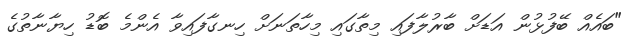
"ބައެއް ބޭފުޅުން އަޑަށް ބާރުލާފައި މިތާގައި މިހާތަނަށް ހިނގާފައިވާ އެންމެ ބޮޑު ހިޔާނާތުގެ